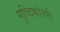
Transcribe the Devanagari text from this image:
गुच्दिकोत्तरी